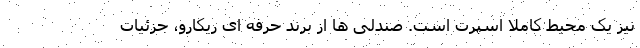
نیز یک محیط کاملا اسپرت است. صندلی ها از برند حرفه ای ریکارو، جزئیات